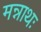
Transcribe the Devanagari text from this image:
मन्नाथः